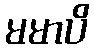
မမာပိ